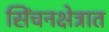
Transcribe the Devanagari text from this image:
सिंचनक्षेत्रात